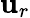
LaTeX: \mathbf{u}_{r}